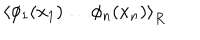
\left\langle \phi _ { 1 } ( x _ { 1 } ) \ldots \phi _ { n } ( x _ { n } ) \right\rangle _ { R }